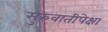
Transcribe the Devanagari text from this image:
सुरुवातीपेक्षा